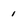
Character: 1